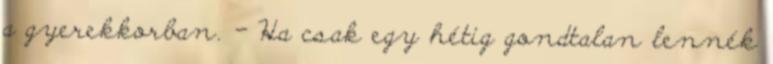
a gyerekkorban. - Ha csak egy hétig gondtalan lennék